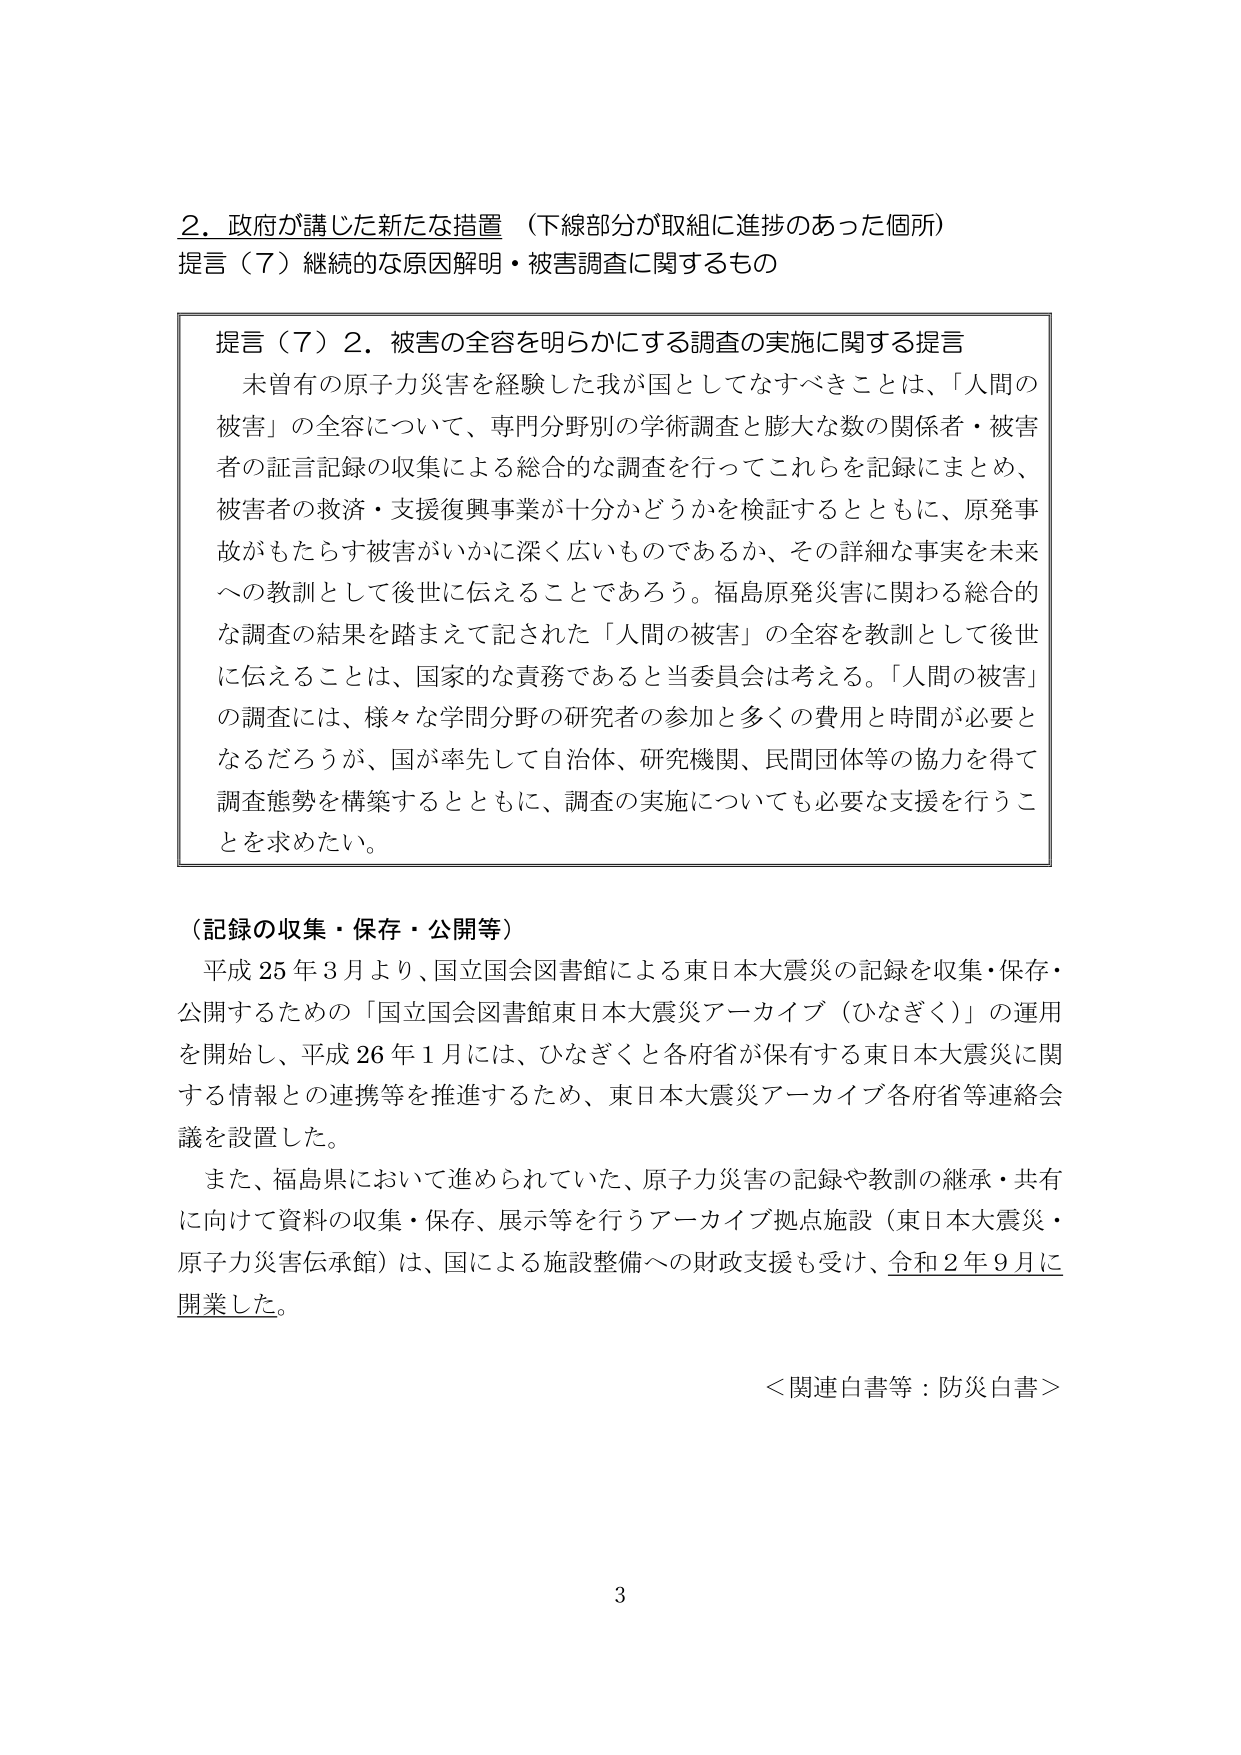
2．政府が講じた新たな措置（下線部分が取組に進捗のあった個所）
提言（7）継続的な原因解明・被害調査に関するもの

提言（7）2．被害の全容を明らかにする調査の実施に関する提言
未曾有の原子力災害を経験した我が国としてなすべきことは、「人間の被害」の全容について、専門分野別の学術調査と膨大な数の関係者・被害者の証言記録の収集による総合的な調査を行ってこれらを記録にまとめ、被害者の救済・支援復興事業が十分かどうかを検証するとともに、原発事故がもたらす被害がいかに深く広いものであるか、その詳細な事実を未来への教訓として後世に伝えることであろう。福島原発災害に関わる総合的な調査の結果を踏まえて記された「人間の被害」の全容を教訓として後世に伝えることは、国家的な責務であると当委員会は考える。「人間の被害」の調査には、様々な学問分野の研究者の参加と多くの費用と時間が必要となるだろうが、国が率先して自治体、研究機関、民間団体等の協力を得て調査態勢を構築するとともに、調査の実施についても必要な支援を行うことを求めたい。

（記録の収集・保存・公開等）
平成25年3月より、国立国会図書館による東日本大震災の記録を収集・保存・公開するための「国立国会図書館東日本大震災アーカイブ（ひなぎく）」の運用を開始し、平成26年1月には、ひなぎくと各府省が保有する東日本大震災に関する情報との連携等を推進するため、東日本大震災アーカイブ各府省等連絡会議を設置した。
また、福島県において進められていた、原子力災害の記録や教訓の継承・共有に向けて資料の収集・保存、展示等を行うアーカイブ拠点施設（東日本大震災・原子力災害伝承館）は、国による施設整備への財政支援も受け、令和2年9月に開業した。

＜関連白書等：防災白書＞

3